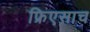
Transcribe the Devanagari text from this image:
फ्रिएसाच